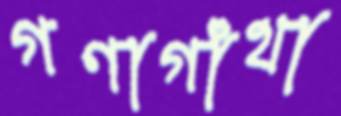
গণাগাঁথা